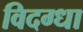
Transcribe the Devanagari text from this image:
विदग्धा